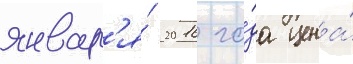
январ'я́ 2016 го́да цена́